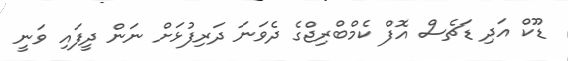
ޑޫކް އަދި ޑަޗެސް އޮފް ކެމްބްރިޖްގެ ދެވަނަ ދަރިފުޅަށް ނަން ދީފައި ވަނީ